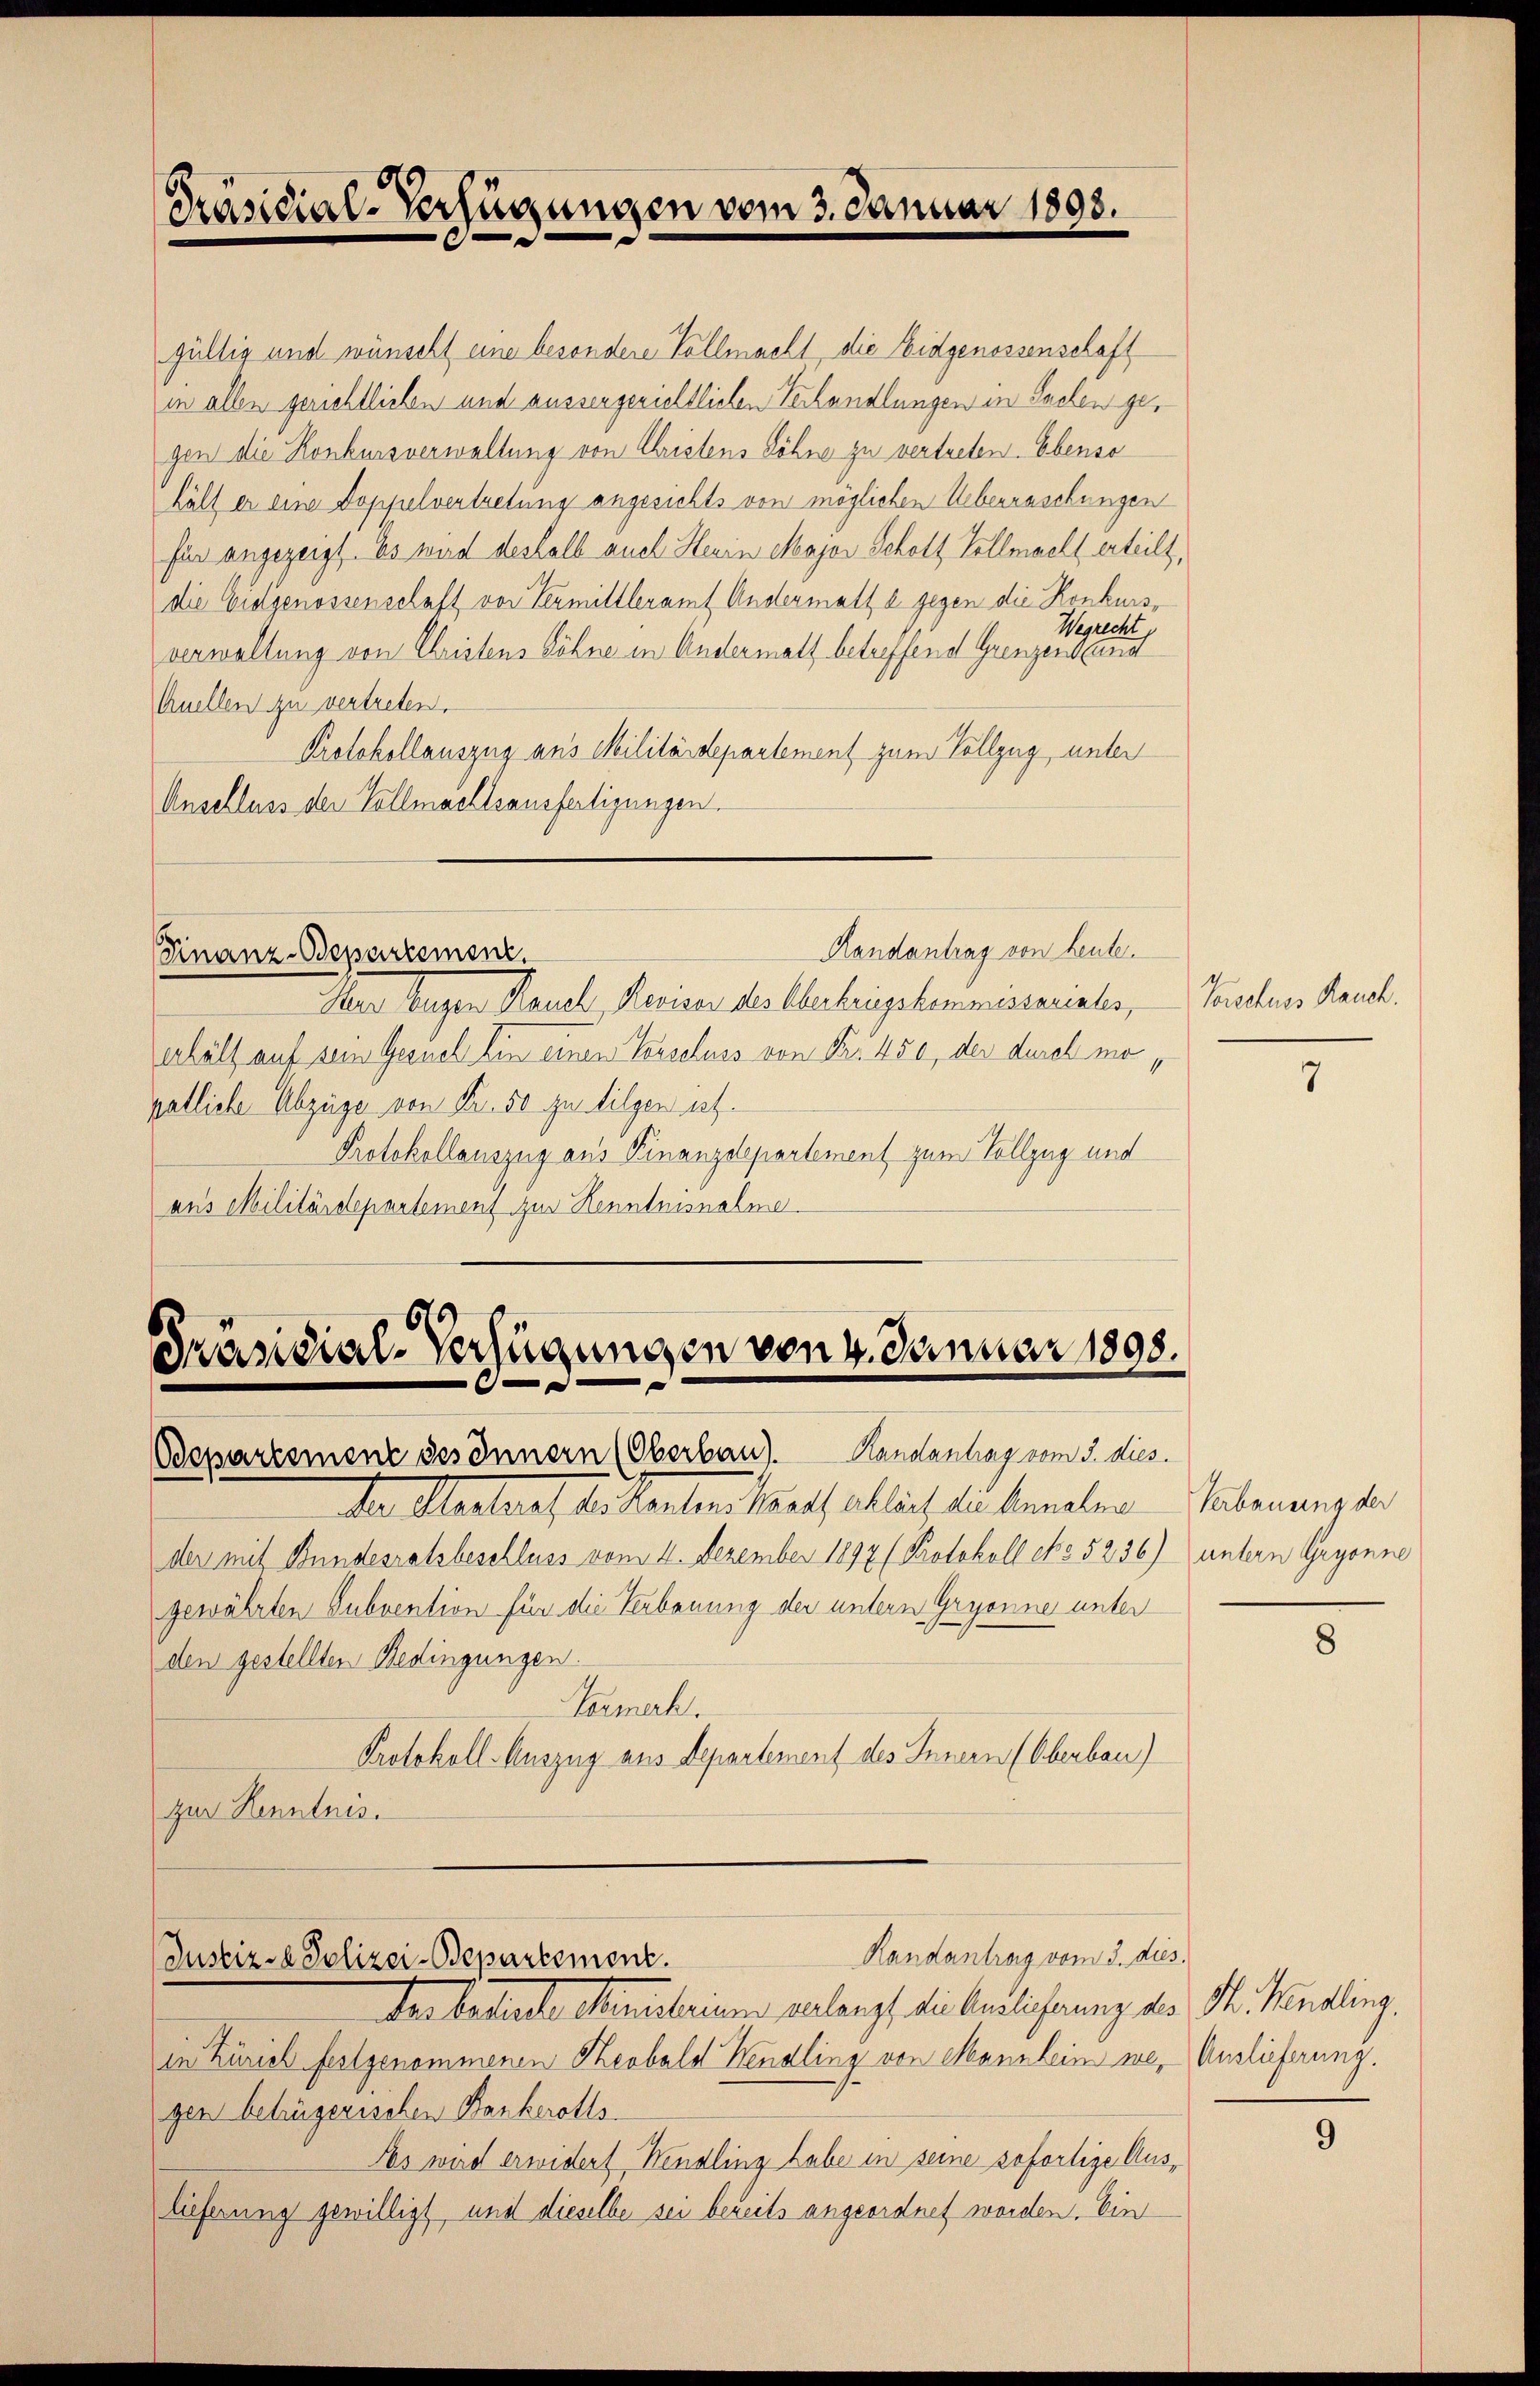
Präsidial-Verfügungen vom 3. Januar 1893.

gültig und wünscht eine besondere Vollmacht, die Eidgenossenschaft
in allen gerichtlichen und aussergerichtlichen Verhandlungen in Sachen gegen die Konkursverwaltung von Christens Söhne zu vertreten. Ebenso
hält er eine Doppelvertretung angesichts von möglichen Ueberraschungen
für angezeigt. Es wird deshalb auch Herrn Major Schott Vollmacht erteilt,
die Eidgenossenschaft von Termittleramt Andermatt b. gegen die Konkurs¬
Wegrecht
verwaltung von Christens Söhne in Andermatt betreffend Grenzenband
Auellen zu vertreten.
Protokollauszug aus Militärdepartement zum Vollzug, unter
Anschluss der Vollmachtsausfertigungen.
Randantrag von heute.
Finanz-Bepartement.
Herr Eugen Rauch, Revisor des Überkriegskommissariates,
erhält auf sein Gesuch Ein einen Tasschuss von Nr. 450, der durch mapatliche Abzüge von Fr. 50 zu tilgen ist.
Protokollauszug aus Finanzdepartement zum Vollzug und
aus Militärdepartement zur Kenntnisnahme.

Präsidial-Verfügungen von 4. Januar 1898.
Bepartement des Innern (Oberbau). Handantrag vom 3. dies.

Randantrag vom 3. dies.
Justiz - Polizei-Bepartement.

der beseele Ministerium verlangt die Aendlicherung des St. Kanzling.
in Zürich festgenommenen Herbald Hendling von Mannlein weg Auslieferung.
gen betrügerischen Bankerotts-
As wird erwidert Hendling habe in seine sofortige Austieferung gewilligt, und dieselbe sei bereits angeordnet worden. Ein

der Oestrat der Renten trath alleich zu bemeler
der mit Bundesratsbeschluss vom 4. Dezember 1892 (Protokoll No 5236)
gewährten Subvention für die Verbauung der untern Gryonne unter
den gestellten Bedingungen.
Formerk.
Protokoll-Auszug aus Departement des Innern (Oberbau)
zur Kenntnis.

Vorschuss Rauch.

7

Verbauung der
untern Gryonne

9